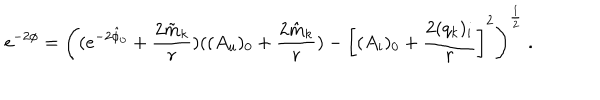
e ^ { - 2 \phi } = \left( ( e ^ { - 2 \hat { \phi } _ { 0 } } + { \frac { 2 \tilde { m } _ { k } } { r } } ) ( ( A _ { u } ) _ { 0 } + { \frac { 2 \hat { m } _ { k } } { r } } ) - \left[ ( A _ { i } ) _ { 0 } + { \frac { 2 ( q _ { k } ) _ { i } } { r } } \right] ^ { 2 } \right) ^ { \frac { 1 } { 2 } } \ .